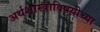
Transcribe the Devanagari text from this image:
अर्थशास्त्राविषयीच्या